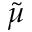
\tilde { \mu }